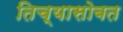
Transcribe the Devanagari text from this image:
तिच्यासोबत